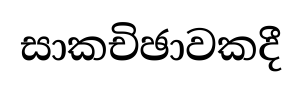
සාකචිඡාවකදී